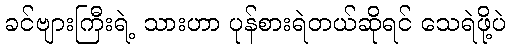
ခင်ဗျားကြီးရဲ့ သားဟာ ပုန်စားရဲတယ်ဆိုရင် သေရဲဖို့ပဲ